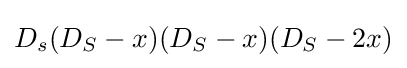
D_{s}(D_{S}-x)(D_{S}-x)(D_{S}-2x)